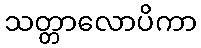
သတ္တာလောပိကာ